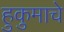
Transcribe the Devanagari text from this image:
हुकुमाचे